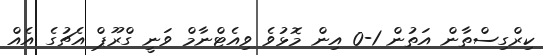
ކިރްގިސްތާން އަތުން 1-0 އިން މޮޅުވެ ވިއެޓްނާމް ވަނީ ގްރޫޕް އެޗުގެ އެއް